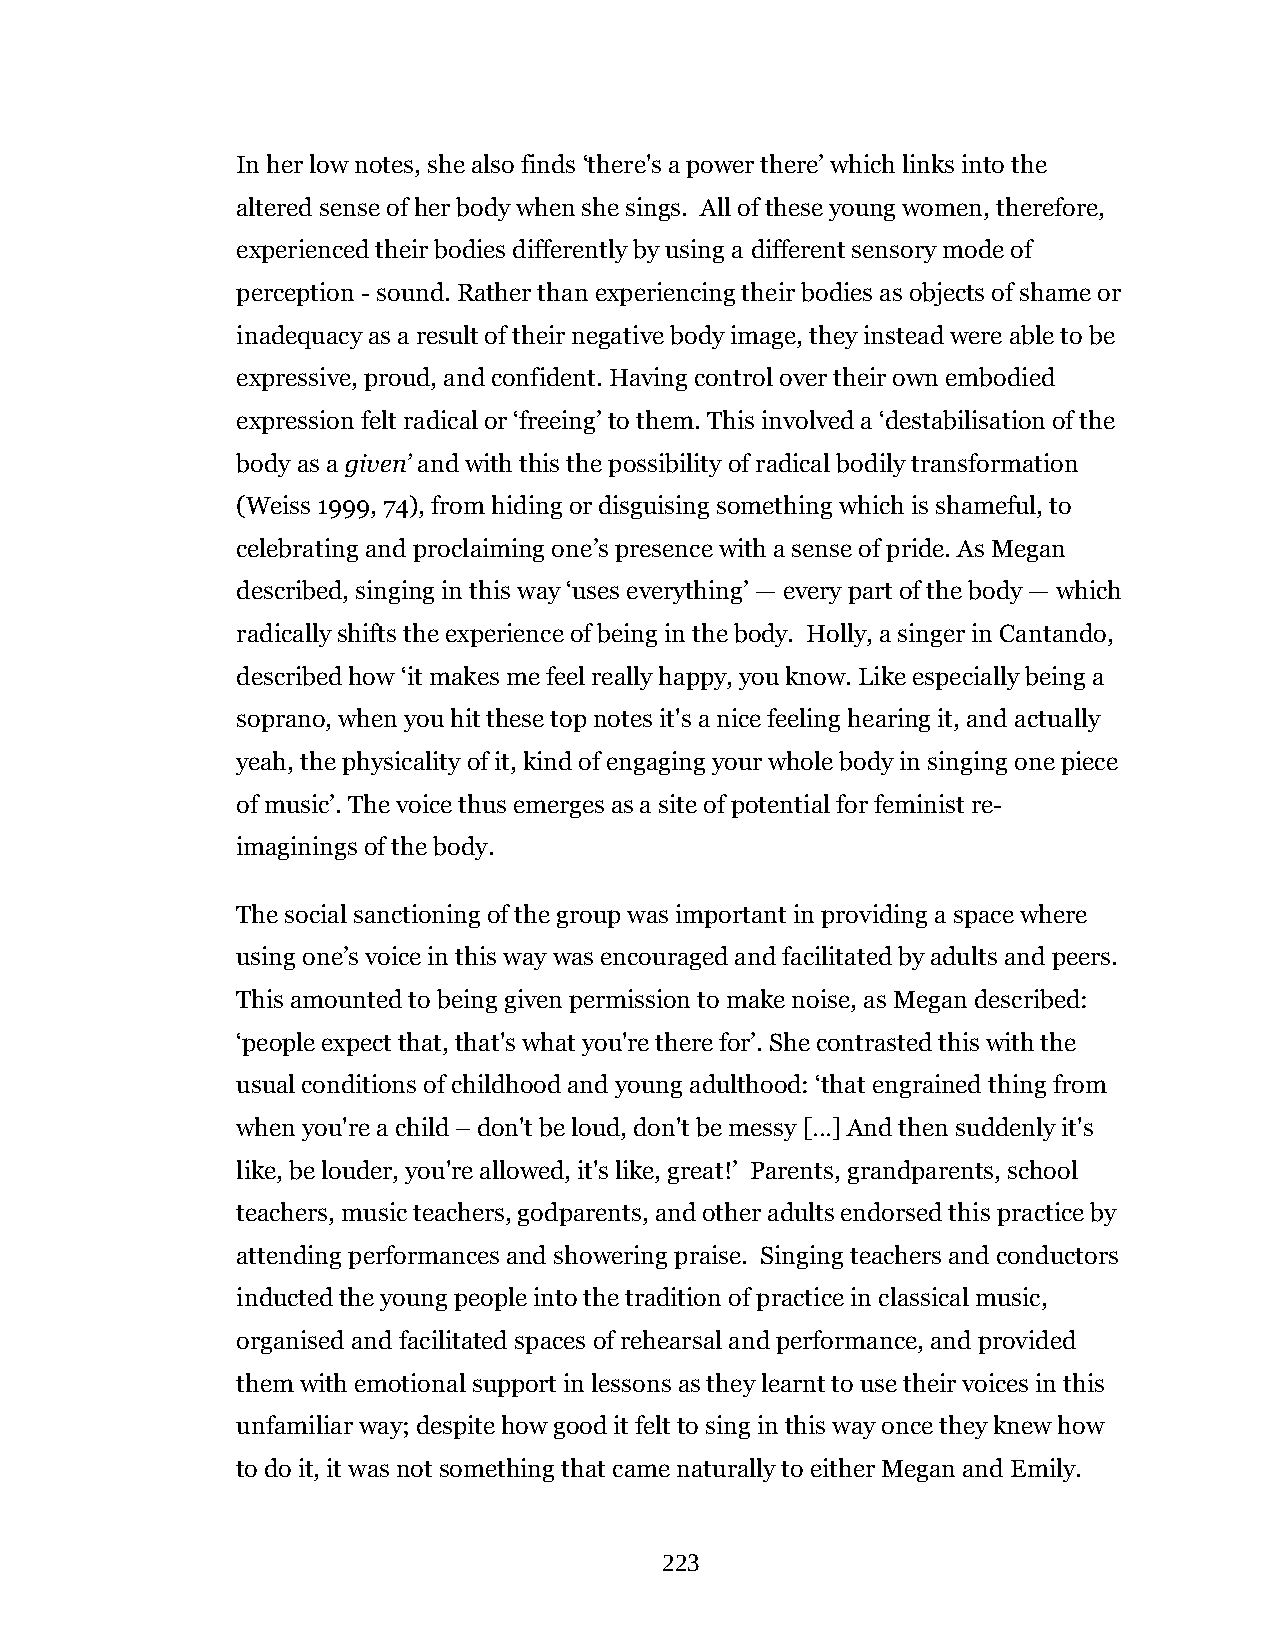
In her low notes, she also finds ‘there's a power there’ which links into the
 altered sense of her body when she sings. All of these young women, therefore,
 experienced their bodies differently by using a different sensory mode of
 perception - sound. Rather than experiencing their bodies as objects of shame or
 inadequacy as a result of their negative body image, they instead were able to be
 expressive, proud, and confident. Having control over their own embodied
 expression felt radical or ‘freeing’ to them. This involved a ‘destabilisation of the
 body as a given’ and with this the possibility of radical bodily transformation
 (Weiss 1999, 74), from hiding or disguising something which is shameful, to
 celebrating and proclaiming one’s presence with a sense of pride. As Megan
 described, singing in this way ‘uses everything’ — every part of the body — which
 radically shifts the experience of being in the body. Holly, a singer in Cantando,
 described how ‘it makes me feel really happy, you know. Like especially being a
 soprano, when you hit these top notes it's a nice feeling hearing it, and actually
 yeah, the physicality of it, kind of engaging your whole body in singing one piece
 of music’. The voice thus emerges as a site of potential for feminist re-
 imaginings of the body.
 The social sanctioning of the group was important in providing a space where
 using one’s voice in this way was encouraged and facilitated by adults and peers.
 This amounted to being given permission to make noise, as Megan described:
 ‘people expect that, that's what you're there for’. She contrasted this with the
 usual conditions of childhood and young adulthood: ‘that engrained thing from
 when you're a child – don't be loud, don't be messy […] And then suddenly it's
 like, be louder, you're allowed, it's like, great!’ Parents, grandparents, school
 teachers, music teachers, godparents, and other adults endorsed this practice by
 attending performances and showering praise. Singing teachers and conductors
 inducted the young people into the tradition of practice in classical music,
 organised and facilitated spaces of rehearsal and performance, and provided
 them with emotional support in lessons as they learnt to use their voices in this
 unfamiliar way; despite how good it felt to sing in this way once they knew how
 to do it, it was not something that came naturally to either Megan and Emily.
 223